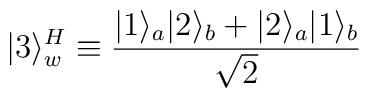
|3\rangle^H_w \equiv {|1\rangle_a|2\rangle_b + |2\rangle_a|1\rangle_b\over \sqrt{2} }